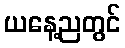
ယနေ့ညတွင်